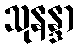
သုနန္ဒာ